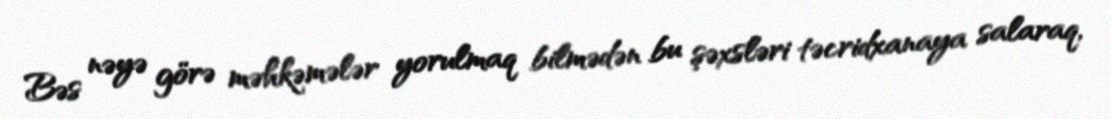
Bəs nəyə görə məhkəmələr yorulmaq bilmədən bu şəxsləri təcridxanaya salaraq,